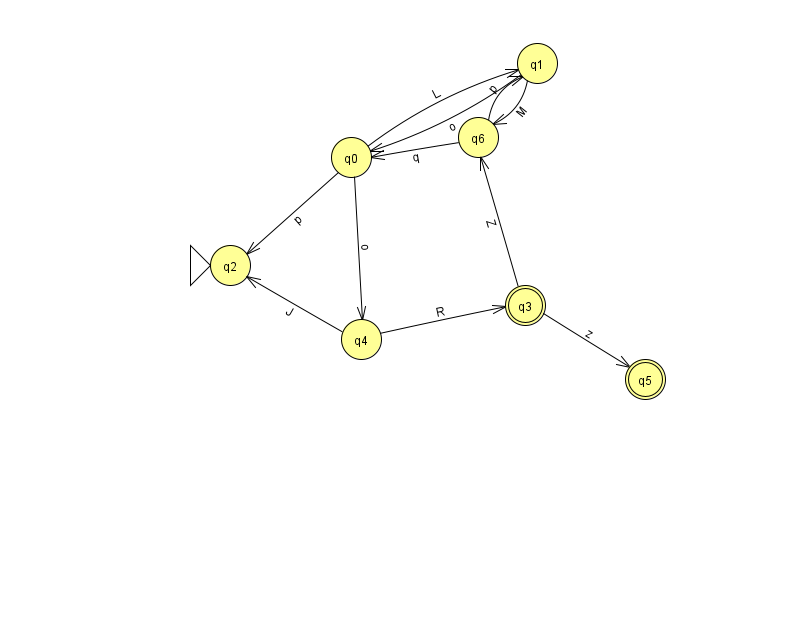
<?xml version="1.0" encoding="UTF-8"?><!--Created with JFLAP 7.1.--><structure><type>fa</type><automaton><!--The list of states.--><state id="0" name="q0"><x>351.0</x><y>144.0</y></state><state id="1" name="q1"><x>537.0</x><y>50.0</y></state><state id="2" name="q2"><x>230.0</x><y>252.0</y><initial/></state><state id="3" name="q3"><x>525.0</x><y>292.0</y><final/></state><state id="4" name="q4"><x>361.0</x><y>326.0</y></state><state id="5" name="q5"><x>645.0</x><y>366.0</y><final/></state><state id="6" name="q6"><x>478.0</x><y>124.0</y></state><!--The list of transitions.--><transition><from>1</from><to>0</to><read>o</read></transition><transition><from>0</from><to>1</to><read>L</read></transition><transition><from>0</from><to>2</to><read>p</read></transition><transition><from>3</from><to>5</to><read>z</read></transition><transition><from>1</from><to>6</to><read>M</read></transition><transition><from>4</from><to>3</to><read>R</read></transition><transition><from>6</from><to>0</to><read>q</read></transition><transition><from>6</from><to>1</to><read>p</read></transition><transition><from>4</from><to>2</to><read>J</read></transition><transition><from>3</from><to>6</to><read>Z</read></transition><transition><from>0</from><to>4</to><read>o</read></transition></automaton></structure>